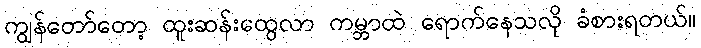
ကျွန်တော်တော့ ထူးဆန်းထွေလာ ကမ္ဘာထဲ ရောက်နေသလို ခံစားရတယ်။